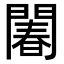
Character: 䦮